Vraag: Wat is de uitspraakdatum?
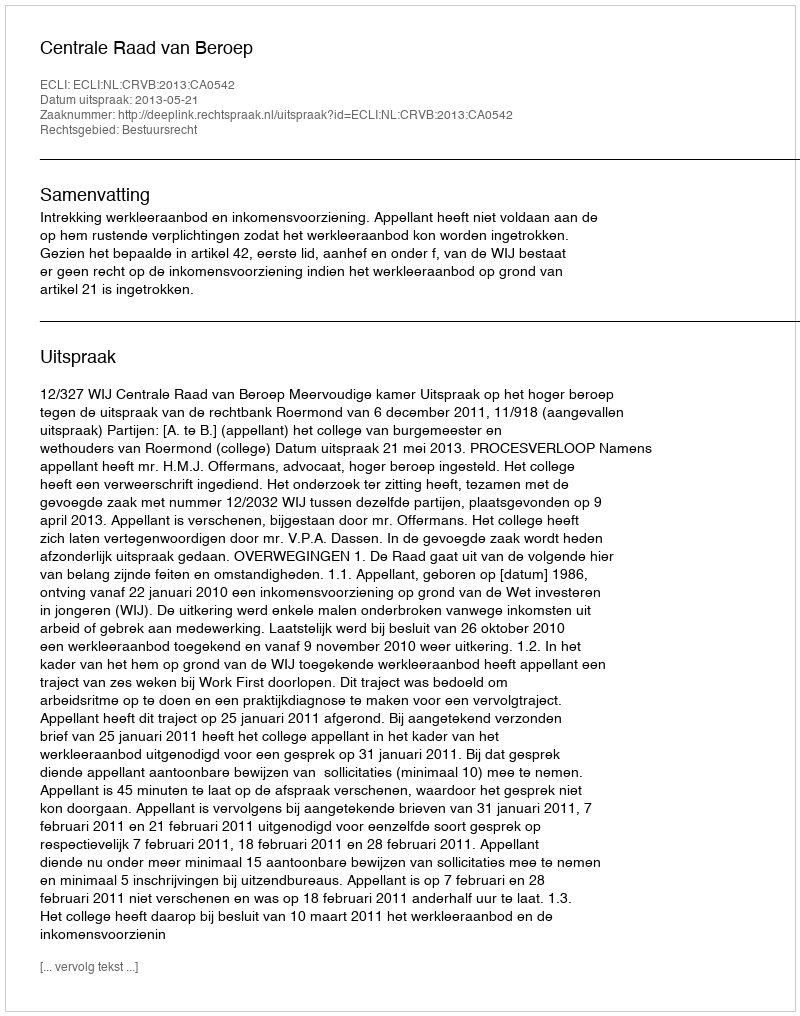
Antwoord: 2013-05-21